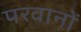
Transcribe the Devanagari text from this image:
परवानों